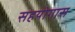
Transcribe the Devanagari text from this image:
सहयोगास